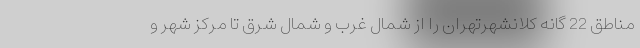
مناطق 22 گانه کلانشهرتهران را از شمال غرب و شمال شرق تا مرکز شهر و